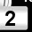
Digit: 2